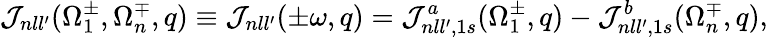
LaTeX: {\cal J}_{nll^{\prime}}(\Omega_{1}^{\pm},\Omega_{n}^{\mp},q)\equiv{\cal J}_{nll^{\prime}}(\pm\omega,q)={\cal J}_{nll^{\prime},1s}^{a}(\Omega_{1}^{\pm},q)-{\cal J}_{nll^{\prime},1s}^{b}(\Omega_{n}^{\mp},q),